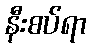
နီးစပ်ရာ